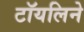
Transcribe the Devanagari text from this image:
टॉयलिने